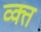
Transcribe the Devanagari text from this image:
व्क्त